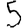
Digit: 5